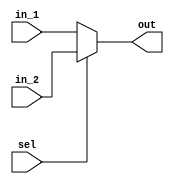
module mux2_1_1b(
input  wire in_1, 
input  wire in_2,
input  wire sel,
output wire out);
  
assign out = (sel == 1'b0)? in_1:in_2 ;
  
  
endmodule